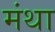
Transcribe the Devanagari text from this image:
मंथा